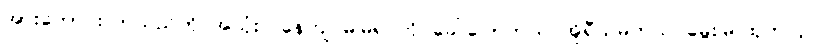
အားကောင်းလာသည်ကို အသုံးပြုနေကျ မမြရင်ကို ခေါ်ပြောတယ် အိုရီယမ်တယ် မွေးမြူထုတ်လုပ်